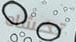
تخشاه